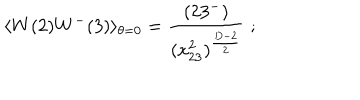
\langle W ( 2 ) W ^ { - } ( 3 ) \rangle _ { \theta = 0 } = \frac { ( 2 3 ^ { - } ) } { ( x _ { 2 3 } ^ { 2 } ) ^ { \frac { D - 2 } { 2 } } } \; ; \nonumber